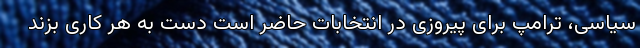
سیاسی، ترامپ برای پیروزی در انتخابات حاضر است دست به هر کاری بزند